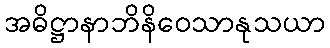
အဓိဋ္ဌာနာဘိနိဝေသာနုသယာ